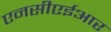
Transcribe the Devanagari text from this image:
एनसीएईआर